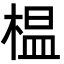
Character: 榅